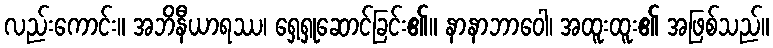
လည်းကောင်း။ အဘိနီယာရဿ၊ ရှေ့ရှုဆောင်ခြင်း၏။ နာနာဘာဝေါ၊ အထူးထူး၏ အဖြစ်သည်။